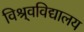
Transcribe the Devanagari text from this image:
विश्र्वविद्यालय